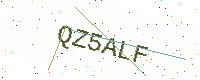
Text: QZ5ALF